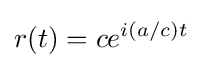
r(t)=ce^{i(a/c)t}